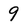
Character: 9